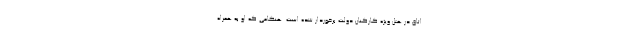
اتاق در هتل ویژه کارکنان دولت برخوردار شده است. هنگامی که او به همراه